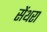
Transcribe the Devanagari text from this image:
सेंथरा